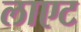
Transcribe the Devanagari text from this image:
लाएट